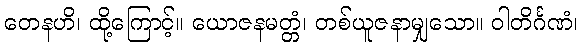
တေနဟိ၊ ထို့ကြောင့်။ ယောဇနမတ္တံ၊ တစ်ယူဇနာမျှသော။ ဝါတိင်္ဂဏံ၊